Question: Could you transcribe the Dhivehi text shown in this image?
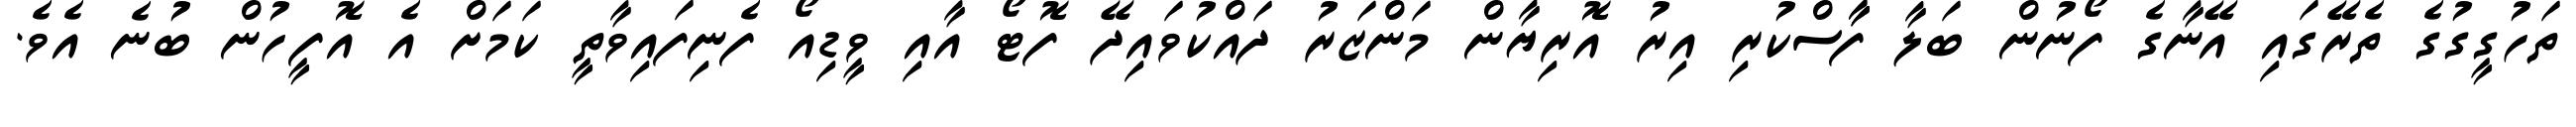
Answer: ތަހުގީގުގެ ތެރޭގައި އޭނާގެ ފޯނުން ބަލާ ފާާސްކުރި އިރު އޮރިޔާން މަންޒަރު ދައްކުވައިދޭ ފޮޓޯ އާއި ވީޑިއޯ ފެނިފައިވާތީ ކަމަށް އެ އޮފީހުން ބުނެ އެވެ.